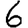
Digit: 6